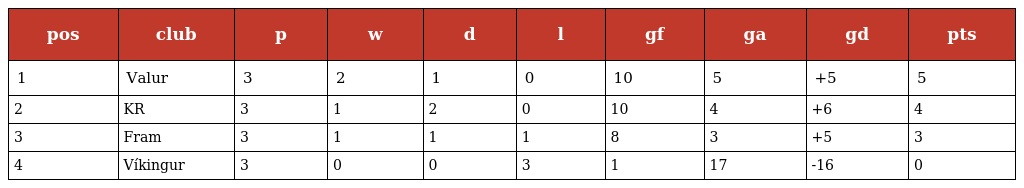
| pos | club | p | w | d | l | gf | ga | gd | pts |
 | --- | --- | --- | --- | --- | --- | --- | --- | --- | --- |
 | 1 | Valur | 3 | 2 | 1 | 0 | 10 | 5 | +5 | 5 |
 | 2 | KR | 3 | 1 | 2 | 0 | 10 | 4 | +6 | 4 |
 | 3 | Fram | 3 | 1 | 1 | 1 | 8 | 3 | +5 | 3 |
 | 4 | Víkingur | 3 | 0 | 0 | 3 | 1 | 17 | -16 | 0 |